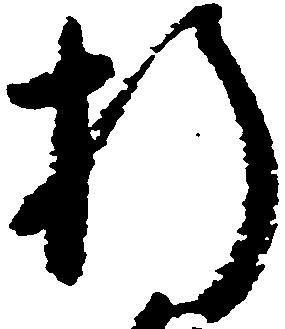
折